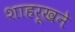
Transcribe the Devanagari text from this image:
शाहरूखने